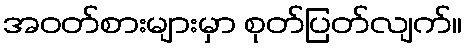
အဝတ်စားများမှာ စုတ်ပြတ်လျက်။